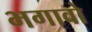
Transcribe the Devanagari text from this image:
भगावो